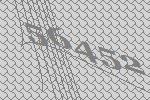
56452